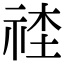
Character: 𥙭